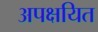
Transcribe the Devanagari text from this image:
अपक्षयित